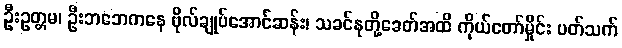
ဦးဥတ္တမ၊ ဦးဘဘေကနေ ဗိုလ်ချုပ်အောင်ဆန်း၊ သခင်နုတို့ခေတ်အထိ ကိုယ်တော်မှိုင်း ပတ်သက်